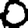
Digit: 0